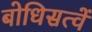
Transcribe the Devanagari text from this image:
बोधिसत्वें